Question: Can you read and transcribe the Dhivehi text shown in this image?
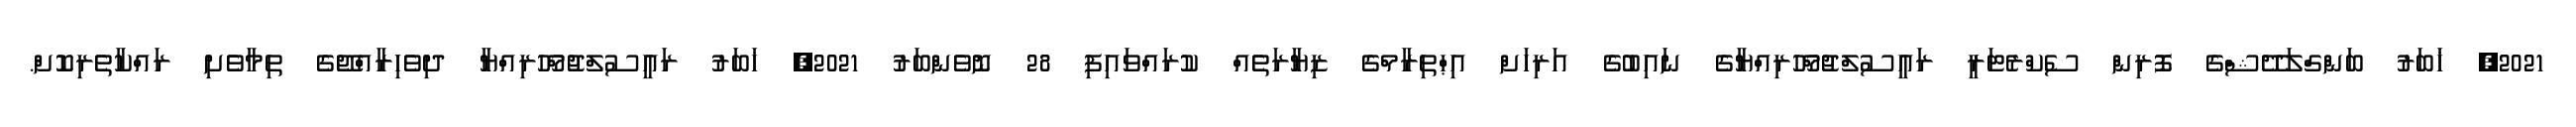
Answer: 2021, ޚަބަރު ބަންގްލަދޭޝްގެ ފޮރިން ސެކްރެޓަރީ ރައީސުލްޖުމްހޫރިއްޔާގެ ނައިބުގެ އަރިހަށް އިޙްތިރާމްގެ ޒިޔާރަތެއް ކުރައްވައިފި 28 ނޮވެންބަރު 2021, ޚަބަރު ރައީސުލްޖުމްހޫރިއްޔާ ދިވެހިރާއްޖޭގެ ތިމާވެށި ރައްކާތެރިކޮށް.